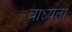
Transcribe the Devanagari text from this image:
बाध्‍यता